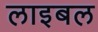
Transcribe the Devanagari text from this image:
लाइबल